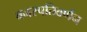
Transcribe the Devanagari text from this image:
वनस्पतिवर्णन